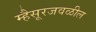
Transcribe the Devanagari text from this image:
म्हैसूरजवळील